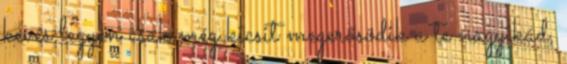
kevés legyen csak még kicsit megerősödik a te nagyikád,